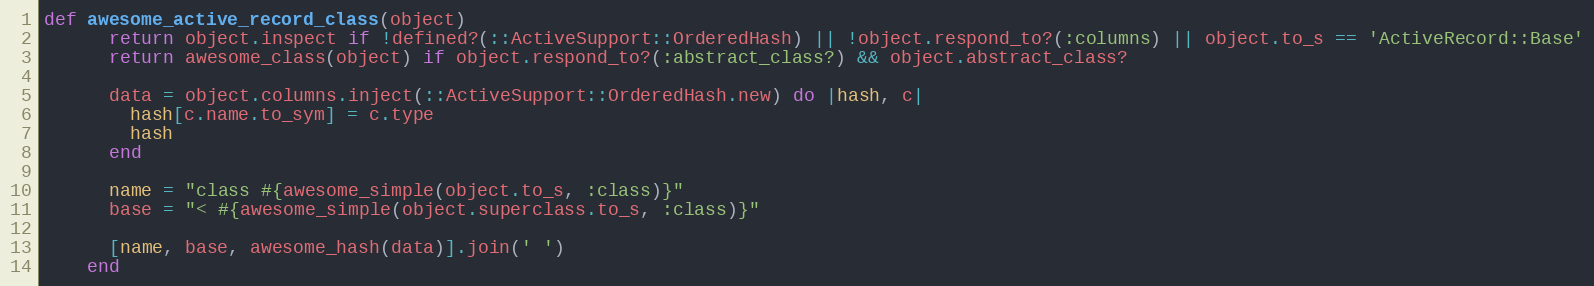
Language: Ruby
def awesome_active_record_class(object)
      return object.inspect if !defined?(::ActiveSupport::OrderedHash) || !object.respond_to?(:columns) || object.to_s == 'ActiveRecord::Base'
      return awesome_class(object) if object.respond_to?(:abstract_class?) && object.abstract_class?

      data = object.columns.inject(::ActiveSupport::OrderedHash.new) do |hash, c|
        hash[c.name.to_sym] = c.type
        hash
      end

      name = "class #{awesome_simple(object.to_s, :class)}"
      base = "< #{awesome_simple(object.superclass.to_s, :class)}"

      [name, base, awesome_hash(data)].join(' ')
    end